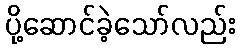
ပို့ဆောင်ခဲ့သော်လည်း